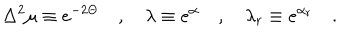
\Delta ^ { 2 } \mu \equiv e ^ { - 2 \Theta } \quad , \quad \lambda \equiv e ^ { \alpha } \quad , \quad \lambda _ { r } \equiv e ^ { \alpha _ { r } } \quad .